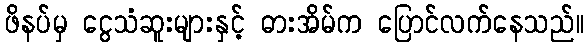
ဖိနပ်မှ ငွေသံဆူးများနှင့် ဓားအိမ်က ပြောင်လက်နေသည်။